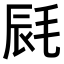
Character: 𣭽